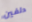
دلفين